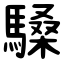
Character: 䮣